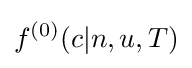
f^{(0)}(c|n,u,T)